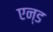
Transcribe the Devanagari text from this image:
एन्‍ड